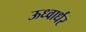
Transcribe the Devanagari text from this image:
ऊध्वार्धर